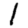
Digit: 1